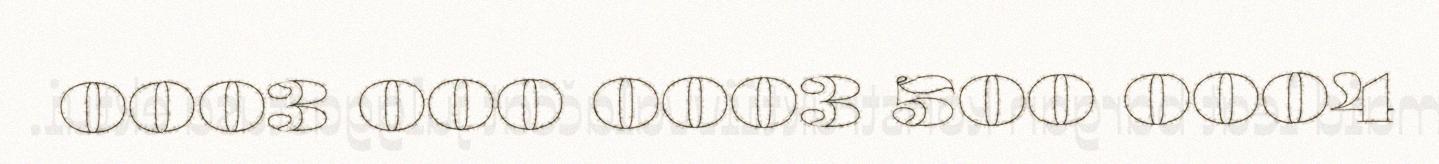
0003 000 0003 500 0004